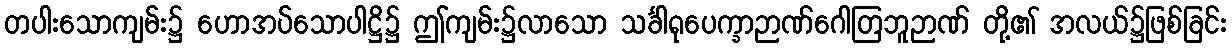
တပါးသောကျမ်း၌ ဟောအပ်သောပါဋ္ဌိ၌ ဤကျမ်း၌လာသော သင်္ခါရုပေက္ခာဉာဏ်ဂေါတြဘူဉာဏ် တို့၏ အလယ်၌ဖြစ်ခြင်း